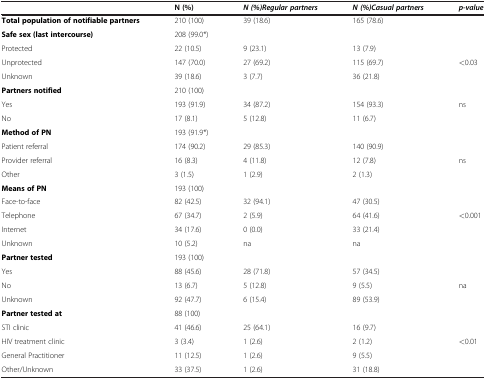
|  | N (%) | N (%)Regular partners | N (%)Casual partners | p-value |
 | --- | --- | --- | --- | --- |
 | Total population of notifiable partners | 210 (100) | 39 (18.6) | 165 (78.6) |  |
 | Safe sex (last intercourse) | 208 (99.0*) |  |  |  |
 | Protected | 22 (10.5) | 9 (23.1) | 13 (7.9) |  |
 | Unprotected | 147 (70.0) | 27 (69.2) | 115 (69.7) | <0.03 |
 | Unknown | 39 (18.6) | 3 (7.7) | 36 (21.8) |  |
 | Partners notified | 210 (100) |  |  |  |
 | Yes | 193 (91.9) | 34 (87.2) | 154 (93.3) | ns |
 | No | 17 (8.1) | 5 (12.8) | 11 (6.7) |  |
 | Method of PN | 193 (91.9*) |  |  |  |
 | Patient referral | 174 (90.2) | 29 (85.3) | 140 (90.9) |  |
 | Provider referral | 16 (8.3) | 4 (11.8) | 12 (7.8) | ns |
 | Other | 3 (1.5) | 1 (2.9) | 2 (1.3) |  |
 | Means of PN | 193 (100) |  |  |  |
 | Face-to-face | 82 (42.5) | 32 (94.1) | 47 (30.5) |  |
 | Telephone | 67 (34.7) | 2 (5.9) | 64 (41.6) | <0.001 |
 | Internet | 34 (17.6) | 0 (0.0) | 33 (21.4) |  |
 | Unknown | 10 (5.2) | na | na |  |
 | Partner tested | 193 (100) |  |  |  |
 | Yes | 88 (45.6) | 28 (71.8) | 57 (34.5) |  |
 | No | 13 (6.7) | 5 (12.8) | 9 (5.5) | na |
 | Unknown | 92 (47.7) | 6 (15.4) | 89 (53.9) |  |
 | Partner tested at | 88 (100) |  |  |  |
 | STI clinic | 41 (46.6) | 25 (64.1) | 16 (9.7) |  |
 | HIV treatment clinic | 3 (3.4) | 1 (2.6) | 2 (1.2) | <0.01 |
 | General Practitioner | 11 (12.5) | 1 (2.6) | 9 (5.5) |  |
 | Other/Unknown | 33 (37.5) | 1 (2.6) | 31 (18.8) |  |